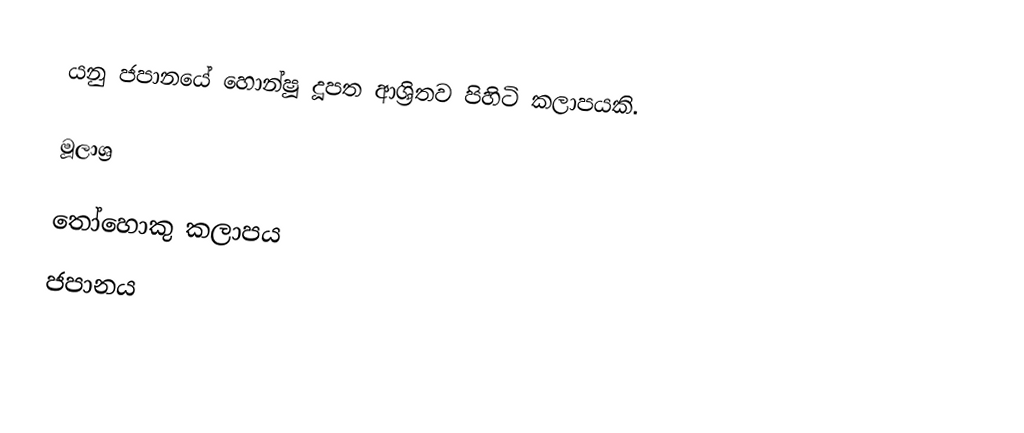
යනු ජපානයේ හොන්ෂූ දූපත ආශ්‍රිතව පිහිටි කලාපයකි.

මූලාශ්‍ර

තෝහොකු කලාපය
ජපානය